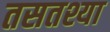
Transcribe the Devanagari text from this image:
तसतश्या